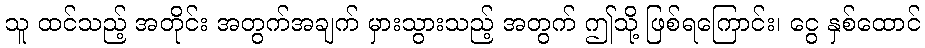
သူ ထင်သည့် အတိုင်း အတွက်အချက် မှားသွားသည့် အတွက် ဤသို့ ဖြစ်ရကြောင်း၊ ငွေ နှစ်ထောင်